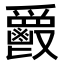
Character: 𩰥